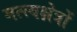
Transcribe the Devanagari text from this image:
मत्स्यक्षेत्रों